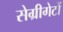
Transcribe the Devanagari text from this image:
सेग्रीगेटों